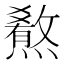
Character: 𤐳